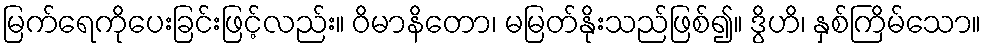
မြက်ရေကိုပေးခြင်းဖြင့်လည်း။ ဝိမာနိတော၊ မမြတ်နိုးသည်ဖြစ်၍။ ဒွိဟိ၊ နှစ်ကြိမ်သော။